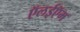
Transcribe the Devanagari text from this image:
ऍलईऍम